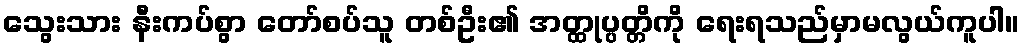
သွေးသား နီးကပ်စွာ တော်စပ်သူ တစ်ဦး၏ အတ္ထုပ္ပတ္တိကို ရေးရသည်မှာမလွယ်ကူပါ။